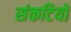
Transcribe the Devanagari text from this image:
संकटियों